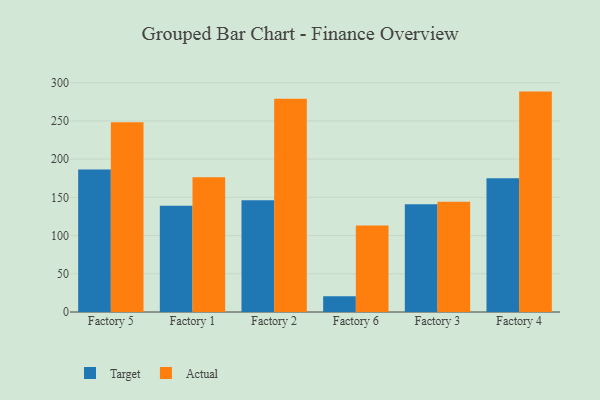
{"axis": {"x": "Factory", "y": "Customer Acquisition Cost (USD)"}, "legend": ["Actual", "Target"], "data": [{"x": "Factory 5", "y": 186.3, "type": "Target"}, {"x": "Factory 5", "y": 248.3, "type": "Actual"}, {"x": "Factory 1", "y": 139.1, "type": "Target"}, {"x": "Factory 1", "y": 176.1, "type": "Actual"}, {"x": "Factory 2", "y": 146.1, "type": "Target"}, {"x": "Factory 2", "y": 279.0, "type": "Actual"}, {"x": "Factory 6", "y": 20.6, "type": "Target"}, {"x": "Factory 6", "y": 113.2, "type": "Actual"}, {"x": "Factory 3", "y": 141.1, "type": "Target"}, {"x": "Factory 3", "y": 144.1, "type": "Actual"}, {"x": "Factory 4", "y": 175.0, "type": "Target"}, {"x": "Factory 4", "y": 288.3, "type": "Actual"}]}